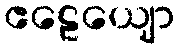
ဧဠေယျော